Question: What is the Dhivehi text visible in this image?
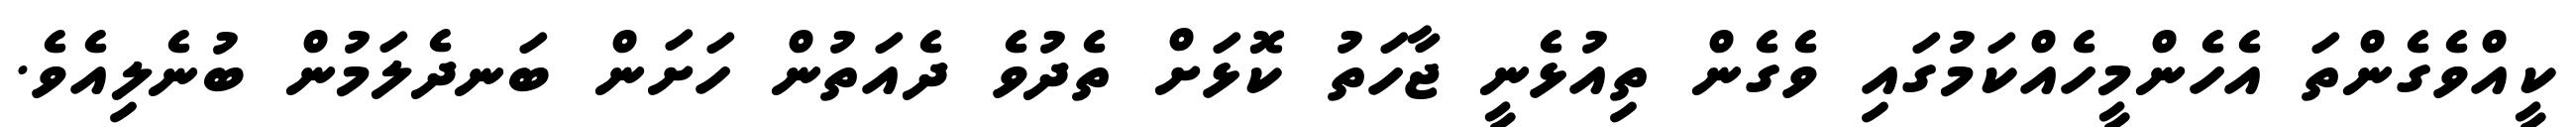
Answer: ކީއްވެގެންތަ އެހެންމީހެއްކަމުގައި ވެގެން ތިއުޅެނީ ޖާހަތު ކޮޅަށް ތެދުވެ ދެއަތުން ހަށަން ބަނދެލަމުން ބުނެލިއެވެ.